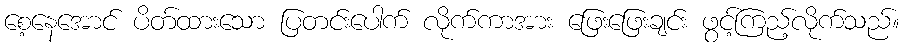
စေ့နေအောင် ပိတ်ထားသော ပြတင်းပေါက် လိုက်ကာအား ဖြေးဖြေးချင်း ဖွင့်ကြည့်လိုက်သည်။